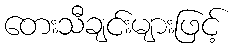
တေးသီချင်းများဖြင့်